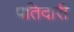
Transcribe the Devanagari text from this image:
पतिदारी